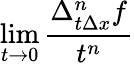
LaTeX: \operatorname*{lim}_{t\to 0}{\frac{\Delta_{t\Delta x}^{n}f}{t^{n}}}